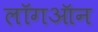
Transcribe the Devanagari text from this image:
लॉगऑन